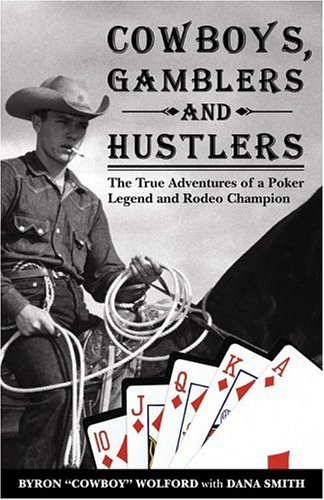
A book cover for Cowboys, Gamblers & Hustlers: The True Adventures of a Rodeo Champion & Poker Legend; Byron "Cowboy" Wolford; Sports & Outdoors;